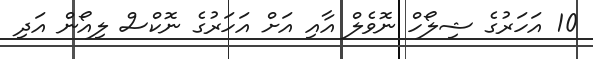
10 އަހަރުގެ ޝިލޯހް ނޮވެލް އާއި އަށް އަހަރުގެ ނޮކްސް ލިއޯން އަދި